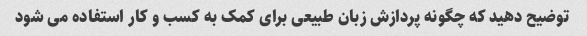
توضیح دهید که چگونه پردازش زبان طبیعی برای کمک به کسب و کار استفاده می شود